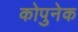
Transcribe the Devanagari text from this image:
कोपुनेक